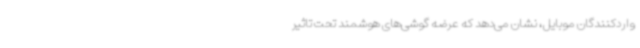
واردکنندگان موبایل، نشان می‌دهد که عرضه گوشی‌های هوشمند تحت تاثیر